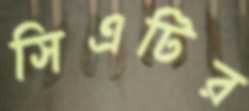
সিএটির